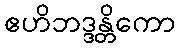
ဧဟိဘဒ္ဒန္တိကော